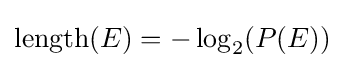
\operatorname {length} (E)=-\log _{2}(P(E))